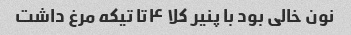
نون خالی بود با پنیر کلا ۴تا تیکه مرغ داشت